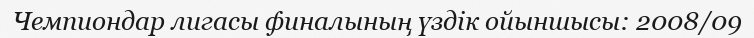
Чемпиондар лигасы финалының үздік ойыншысы: 2008/09